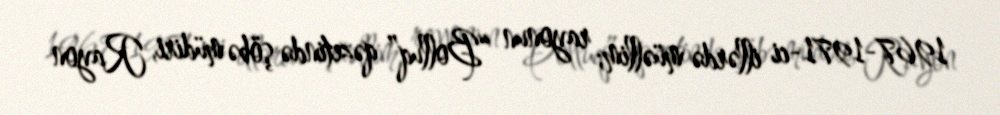
1967-1971-ci illərdə müəllim; rayonun “Bolluq” qəzetində şöbə müdiri, Rayon